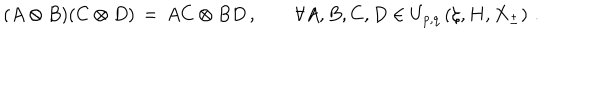
LaTeX: ( A \otimes B ) ( C \otimes D ) \, = \, A C \otimes B D \, , \qquad \forall A , B , C , D \in U _ { p , q } \left( \zeta , H , X _ { \pm } \right) \, .